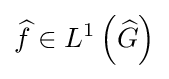
{\widehat {f}}\in L^{1}\left({\widehat {G}}\right)